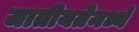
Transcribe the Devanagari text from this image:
जातीयतेमध्ये